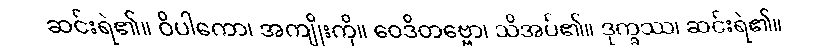
ဆင်းရဲ၏။ ဝိပါကော၊ အကျိုးကို။ ဝေဒိတဗ္ဗော၊ သိအပ်၏။ ဒုက္ခဿ၊ ဆင်းရဲ၏။